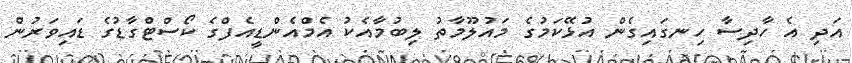
އަދި އެ ހާދިސާ ހިނގައިގެން އުޅޭކަމުގެ މައުލޫމާތު ލިބުމާއެކު އެމްއެންޑީއެފްގެ ކޯސްޓްގާޑުގެ ޑައިވަރުން